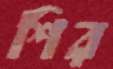
শির